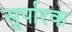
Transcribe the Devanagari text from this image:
सुर्पारक